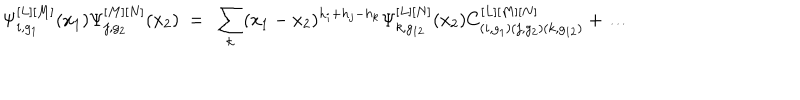
\Psi _ { i , g _ { 1 } } ^ { [ L ] [ M ] } ( x _ { 1 } ) \Psi _ { j , g _ { 2 } } ^ { [ M ] [ N ] } ( x _ { 2 } ) \ = \ \sum _ { k } ( x _ { 1 } - x _ { 2 } ) ^ { h _ { i } + h _ { j } - h _ { k } } \Psi _ { k , g _ { 1 2 } } ^ { [ L ] [ N ] } ( x _ { 2 } ) C _ { ( i , g _ { 1 } ) ( j , g _ { 2 } ) ( k , g _ { 1 2 } ) } ^ { [ L ] [ M ] [ N ] } + \dots